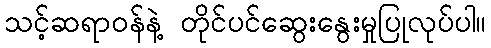
သင့်ဆရာဝန်နဲ့ တိုင်ပင်ဆွေးနွေးမှုပြုလုပ်ပါ။